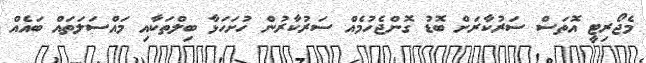
މެޖޯރިޓީ އޮތަސް ސަރުކާރަށް ބޮޑު ގޮންޖެހުމެއް ސަރުކާރުން ހުށަހަޅާ ބިލްތަކާއި މައްސަލަތައް ބައެއް